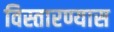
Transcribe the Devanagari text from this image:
विस्तारण्यास